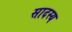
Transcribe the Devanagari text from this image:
सादस्य